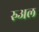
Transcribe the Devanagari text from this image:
रुअल